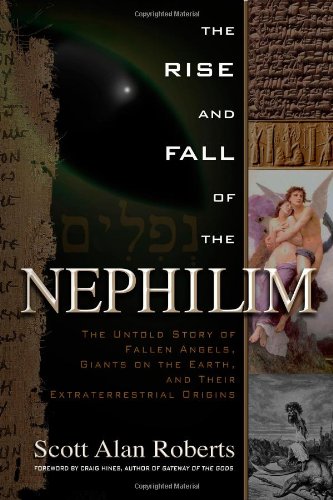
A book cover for The Rise and Fall of the Nephilim: The Untold Story of Fallen Angels, Giants on the Earth, and Their Extraterrestrial Origins; Scott Alan Roberts; Religion & Spirituality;